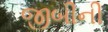
જીબીની